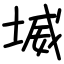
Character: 㙎